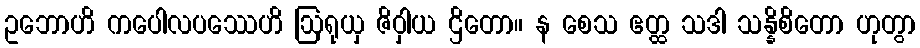
ဥဘောဟိ ကပေါလပဿေဟိ ဩရုယှ ဇိဝှါယ ဌိတော။ န စေသ ဧတ္ထ သဒါ သန္နိစိတော ဟုတွာ